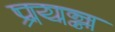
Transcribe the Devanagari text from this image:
प्रयन्न